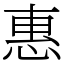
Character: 惠